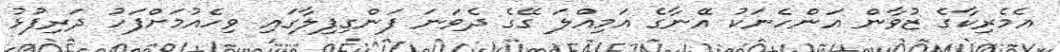
އެމެރިކާގެ ޒުވާން އަންހެނަކު އޭނާގެ އަމިއްލަ ގޭގެ ދެވަނަ ފަންގިފިލާގައި ވިހެއުމަށްފަހު ދަރިފުޅު